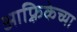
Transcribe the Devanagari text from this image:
आफ़्रिकेच्या